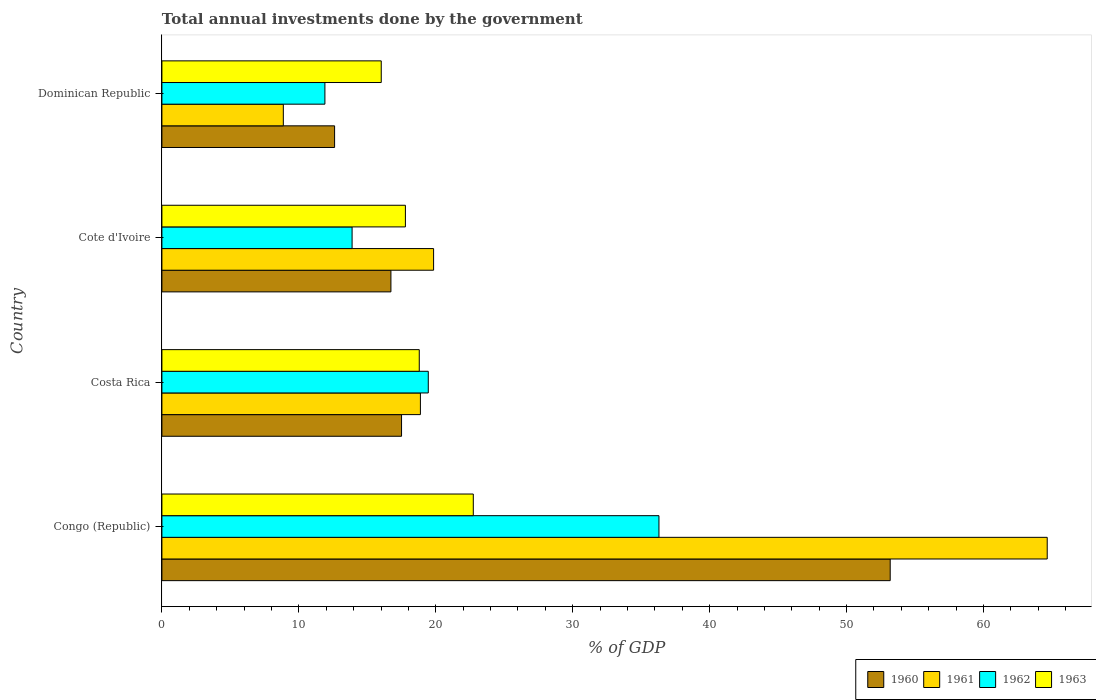
| Country | 1960 | 1961 | 1962 | 1963 |
 | --- | --- | --- | --- | --- |
 | Congo (Republic) | 53.2 | 64.7 | 36.3 | 22.7 |
 | Costa Rica | 17.5 | 18.9 | 19.5 | 18.8 |
 | Cote d'Ivoire | 16.7 | 19.8 | 13.9 | 17.8 |
 | Dominican Republic | 12.6 | 8.87 | 11.9 | 16 |